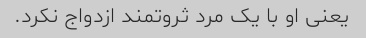
یعنی او با یک مرد ثروتمند ازدواج نکرد.